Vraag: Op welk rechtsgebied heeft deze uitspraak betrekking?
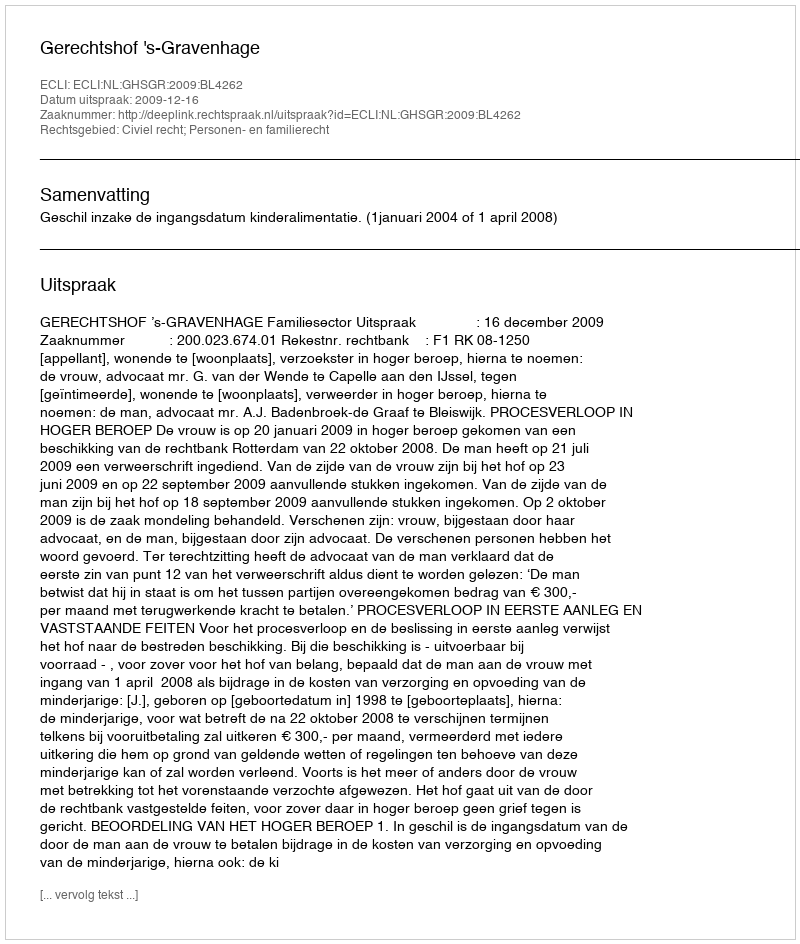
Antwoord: Civiel recht; Personen- en familierecht